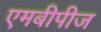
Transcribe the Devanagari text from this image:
एमबीपीज